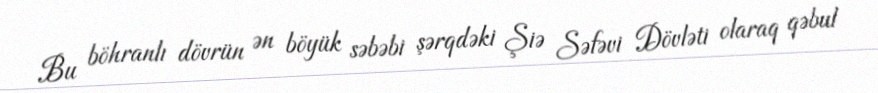
Bu böhranlı dövrün ən böyük səbəbi şərqdəki Şiə Səfəvi Dövləti olaraq qəbul